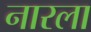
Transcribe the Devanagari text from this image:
नारला